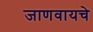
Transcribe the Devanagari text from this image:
जाणवायचे